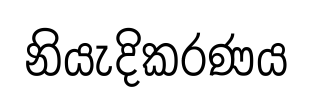
නියැදිකරණය